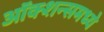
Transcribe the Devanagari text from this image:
ऑक्शन्समध्ये